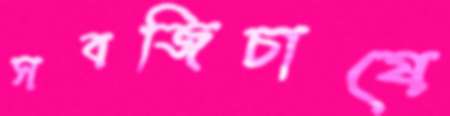
সবজিচাষে